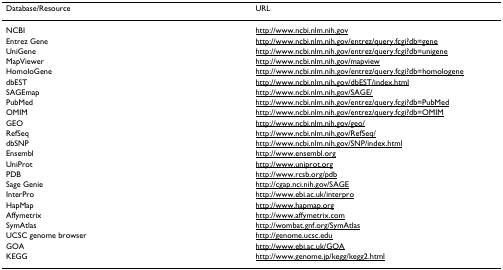
<table><thead><tr><td><b>Database/Resource</b></td><td><b>URL</b></td></tr></thead><tbody><tr><td>NCBI</td><td>http://www.ncbi.nlm.nih.gov</td></tr><tr><td>Entrez Gene</td><td>http://www.ncbi.nlm.nih.gov/entrez/query.fcgi?db=gene</td></tr><tr><td>UniGene</td><td>http://www.ncbi.nlm.nih.gov/entrez/query.fcgi?db=unigene</td></tr><tr><td>MapViewer</td><td>http://www.ncbi.nlm.nih.gov/mapview</td></tr><tr><td>HomoloGene</td><td>http://www.ncbi.nlm.nih.gov/entrez/query.fcgi?db=homologene</td></tr><tr><td>dbEST</td><td>http://www.ncbi.nlm.nih.gov/dbEST/index.html</td></tr><tr><td>SAGEmap</td><td>http://www.ncbi.nlm.nih.gov/SAGE/</td></tr><tr><td>PubMed</td><td>http://www.ncbi.nlm.nih.gov/entrez/query.fcgi?db=PubMed</td></tr><tr><td>OMIM</td><td>http://www.ncbi.nlm.nih.gov/entrez/query.fcgi?db=OMIM</td></tr><tr><td>GEO</td><td>http://www.ncbi.nlm.nih.gov/geo/</td></tr><tr><td>RefSeq</td><td>http://www.ncbi.nlm.nih.gov/RefSeq/</td></tr><tr><td>dbSNP</td><td>http://www.ncbi.nlm.nih.gov/SNP/index.html</td></tr><tr><td>Ensembl</td><td>http://www.ensembl.org</td></tr><tr><td>UniProt</td><td>http://www.uniprot.org</td></tr><tr><td>PDB</td><td>http://www.rcsb.org/pdb</td></tr><tr><td>Sage Genie</td><td>http://cgap.nci.nih.gov/SAGE</td></tr><tr><td>InterPro</td><td>http://www.ebi.ac.uk/interpro</td></tr><tr><td>HapMap</td><td>http://www.hapmap.org</td></tr><tr><td>Affymetrix</td><td>http://www.affymetrix.com</td></tr><tr><td>SymAtlas</td><td>http://wombat.gnf.org/SymAtlas</td></tr><tr><td>UCSC genome browser</td><td>http://genome.ucsc.edu</td></tr><tr><td>GOA</td><td>http://www.ebi.ac.uk/GOA</td></tr><tr><td>KEGG</td><td>http://www.genome.jp/kegg/kegg2.html</td></tr></tbody></table>